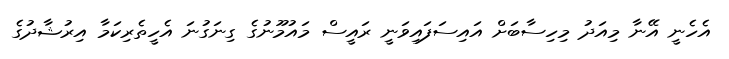
އެހެނީ އޭނާ މިއަދު މިހިސާބަށް އައިސަފައިވަނީ ރައީސް މައުމޫނުގެ ގިނަގުނަ އެހީތެރިކަމާ އިރުޝާދުގެ